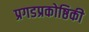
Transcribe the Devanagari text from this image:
प्रगडप्रकोष्ठिकी